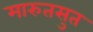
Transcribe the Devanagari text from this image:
मारुतसुत